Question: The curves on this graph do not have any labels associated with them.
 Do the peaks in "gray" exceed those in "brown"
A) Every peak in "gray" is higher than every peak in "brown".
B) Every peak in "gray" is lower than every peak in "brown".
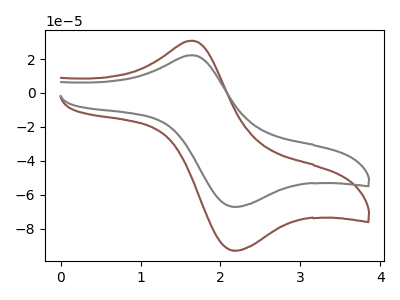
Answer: <think>The brown curve "brown" has an anodic peak at (1.65V, 30.80uA) and a cathodic peak at (2.20V, -92.80uA). The gray curve "gray" has an anodic peak at (1.65V, 22.25uA) and a cathodic peak at (2.20V, -67.05uA).</think>
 <answer>B) Every peak in "gray" is lower than every peak in "brown".</answer>
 <eval>B</eval>